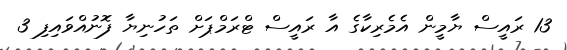
13 ރައީސް ޔާމީން އެމެރިކާގެ އާ ރައީސް ޓްރަމްޕަށް ތަހުނިޔާ ފޮނުއްވައިފި 3